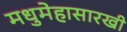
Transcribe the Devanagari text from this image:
मधुमेहासारखी